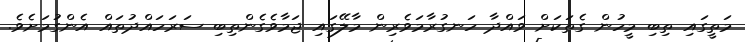
މަތީގައި ތިބި މީހުން ގެތަކަށް ވައްދާ ހަނގުރާމަވެރިން މާލޭގައި ޖަމާވެގެންތިބި ސަރަހައްދުތައް އެންގުމަށެވެ.